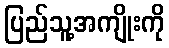
ပြည်သူ့အကျိုးကို